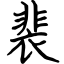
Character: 裴